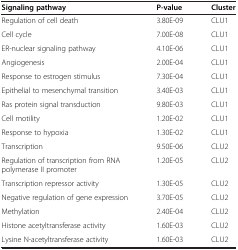
| Signaling pathway | P-value | Cluster |
 | --- | --- | --- |
 | Regulation of cell death | 3.80E-09 | CLU1 |
 | Cell cycle | 7.00E-08 | CLU1 |
 | ER-nuclear signaling pathway | 4.10E-06 | CLU1 |
 | Angiogenesis | 2.00E-04 | CLU1 |
 | Response to estrogen stimulus | 7.30E-04 | CLU1 |
 | Epithelial to mesenchymal transition | 3.40E-03 | CLU1 |
 | Ras protein signal transduction | 9.80E-03 | CLU1 |
 | Cell motility | 1.20E-02 | CLU1 |
 | Response to hypoxia | 1.30E-02 | CLU1 |
 | Transcription | 9.50E-06 | CLU2 |
 | Regulation of transcription from RNA polymerase II promoter | 1.20E-05 | CLU2 |
 | Transcription repressor activity | 1.30E-05 | CLU2 |
 | Negative regulation of gene expression | 3.70E-05 | CLU2 |
 | Methylation | 2.40E-04 | CLU2 |
 | Histone acetyltransferase activity | 1.60E-03 | CLU2 |
 | Lysine N-acetyltransferase activity | 1.60E-03 | CLU2 |